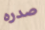
صدره